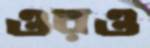
ওরও